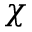
\chi